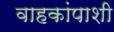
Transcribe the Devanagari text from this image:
वाहकांपाशी